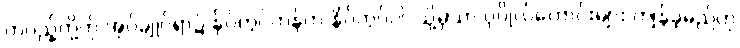
တပည့်တို့ကို အုပ်ချုပ်ရာ၌ နှိပ်ကွပ်တန်က နှိပ်ကွပ်ပါ၊ သို့မှသာ ပုဂ္ဂိုလ်ကောင်းများ ကျန်ခဲ့မည်ဟု